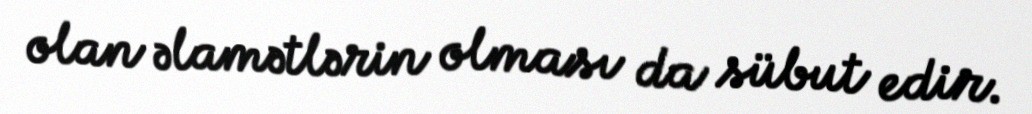
olan əlamətlərin olması da sübut edir.